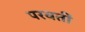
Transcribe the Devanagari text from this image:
परवतीं